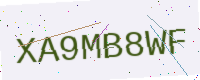
Text: XA9MB8WF